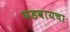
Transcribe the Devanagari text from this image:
घडवायचा